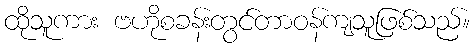
ထိုသူကား ဗဟိုစခန်းတွင်တာဝန်ကျသူဖြစ်သည်။